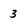
Character: 3